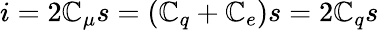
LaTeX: i=2\mathbb{C}_{\mu}s=(\mathbb{C}_{q}+\mathbb{C}_{e})s=2\mathbb{C}_{q}s